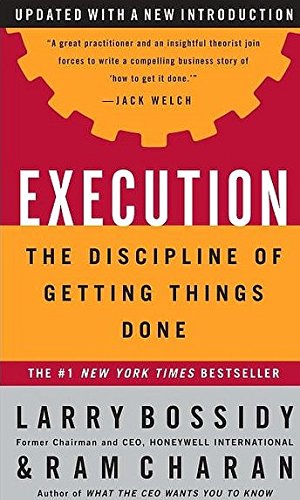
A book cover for Execution: The Discipline of Getting Things Done; Larry Bossidy; Business & Money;